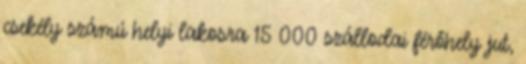
csekély számú helyi lakosra 15 000 szállodai férőhely jut,